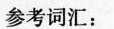
参考词汇：